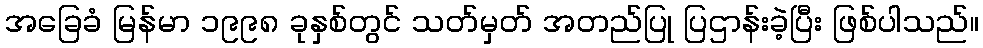
အခြေခံ မြန်မာ ၁၉၉၈ ခုနှစ်တွင် သတ်မှတ် အတည်ပြု ပြဌာန်းခဲ့ပြီး ဖြစ်ပါသည်။